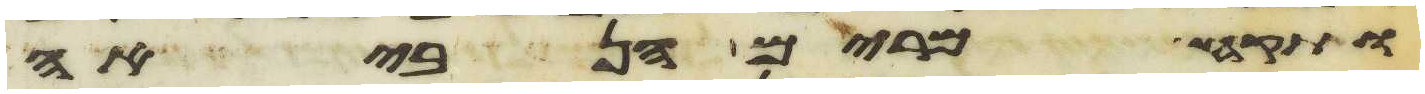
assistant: ותקח מרים הנביאה